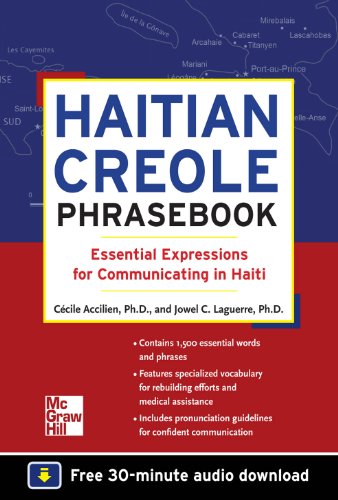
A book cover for Haitian Creole Phrasebook: Essential Expressions for Communicating in Haiti; Jowel C. Laguerre Ph.D.; Travel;